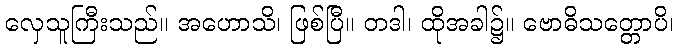
လှေသူကြီးသည်။ အဟောသိ၊ ဖြစ်ပြီ။ တဒါ၊ ထိုအခါ၌။ ဗောဓိသတ္တောပိ၊